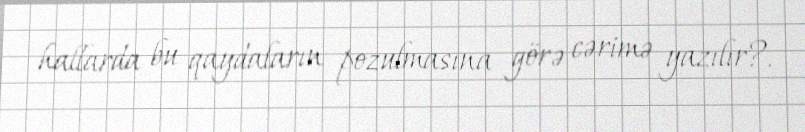
hallarda bu qaydaların pozulmasına görə cərimə yazılır?.